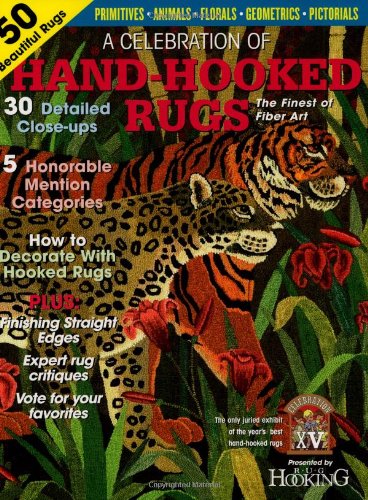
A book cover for Celebration of Hand-Hooked Rugs XV; Crafts, Hobbies & Home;